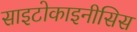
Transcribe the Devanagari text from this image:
साइटोकाइनीसिस